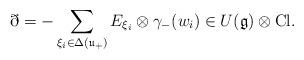
LaTeX: \begin{align*}\eth = - \sum_{\xi_i \in \Delta(\mathfrak{u}_+)} E_{\xi_i} \otimes \gamma_-(w_i) \in U(\mathfrak{g}) \otimes \mathrm{Cl}.\end{align*}